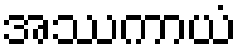
အဿကာယံ